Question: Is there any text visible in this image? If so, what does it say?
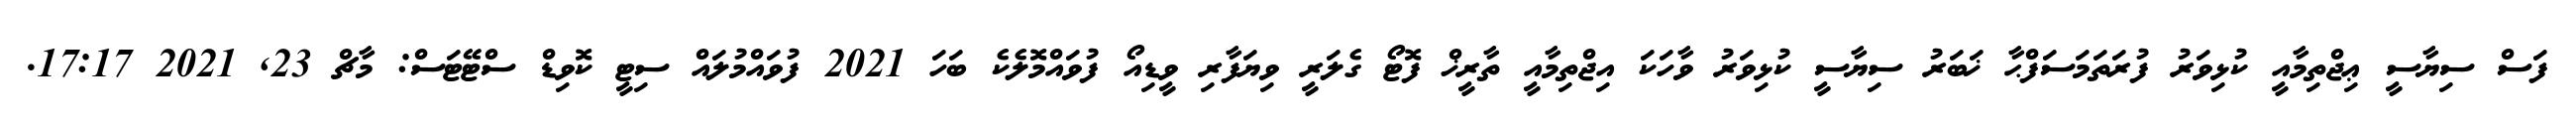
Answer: ފަސް ސިޔާސީ ޢިޖްތިމާއީ ކުޅިވަރު ފުރަތަމަސަފްޙާ ޚަބަރު ސިޔާސީ ކުޅިވަރު ވާހަކަ އިޖްތިމާއީ ތާރީޚް ފޮޓޯ ގެލަރީ ވިޔަފާރި ވީޑިއޯ ފުވައްމޮލެކެ ބަހަ 2021 ފުވައްމުލައް ސިޓީ ކޮވިޑް ސްޓޭޓަސް: މާޗް 23, 2021 17:17.